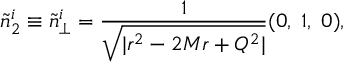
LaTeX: \tilde { n } _ { 2 } ^ { i } \equiv \tilde { n } _ { \perp } ^ { i } = \frac { 1 } { \sqrt { | r ^ { 2 } - 2 M r + Q ^ { 2 } | } } ( 0 , \; 1 , \; 0 ) ,